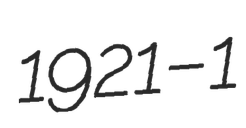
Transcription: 1921 – 1